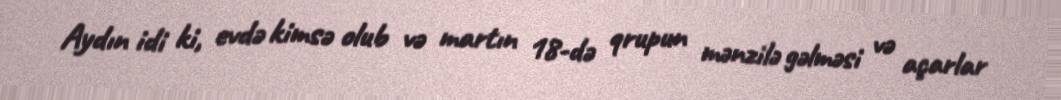
Aydın idi ki, evdə kimsə olub və martın 18-də qrupun mənzilə gəlməsi və açarlar